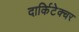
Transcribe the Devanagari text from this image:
दार्किटेक्चर